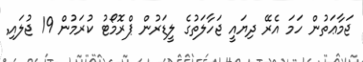
ޖަމާޢަތުން ހަމަ އެރޭ ދިޔައީ ޖަހާލަތުގެ ލީޑަރުން ޕްރޮމޯޓު ކުރަމުން 19 ޖުލައި